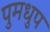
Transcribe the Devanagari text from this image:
पुमधुप